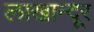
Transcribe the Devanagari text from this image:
लाखान्दूर